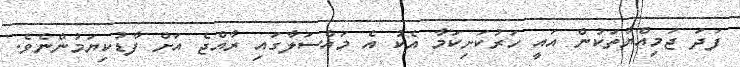
ފަދަ ޖަމިއްޔާތަކުން އައީ ހަރުކަށިކަމާ އެކު އެ މައްސަލާގައި ރާއްޖެ އަށް ފާޑުކިޔަމުންނެވެ.